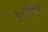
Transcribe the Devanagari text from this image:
कृतीनेही